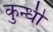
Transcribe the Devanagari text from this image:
कुन्धी